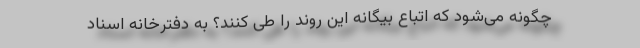
چگونه می‌شود که اتباع بیگانه این روند را طی کنند؟ به دفترخانه اسناد